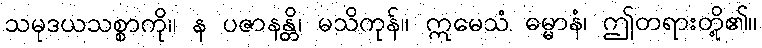
သမုဒယသစ္စာကို။ န ပဇာနန္တိ၊ မသိကုန်။ ဣမေသံ ဓမ္မာနံ၊ ဤတရားတို့၏။